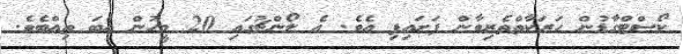
ކޯސްޓްގާޑުން ހަރަކާތްތެރިވާން ފަށައިފި އެވެ. އެ ލޯންޗުގައި 20 މީހުން އެބަ ތިއްބެވެ.